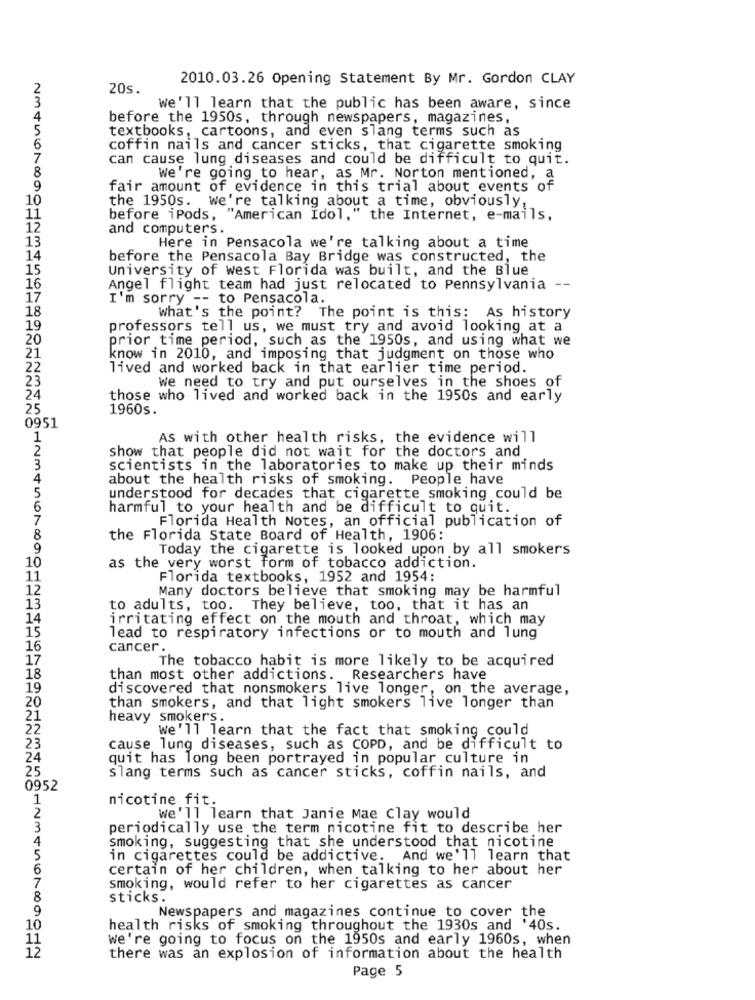
2010.03.26 Opening Statement By Mr. Gordon CLAY
20s.
We'll learn that the public has been aware, since
4
before the 1950s, through newspapers, magazines,
5
textbooks, cartoons, and even slang terms such as
6
coffin nails and cancer sticks, that cigarette smoking
7
can cause lung diseases and could be difficult to quit.
8
We're going to hear, as Mr. Norton mentioned, a
9
fair amount of evidence in this trial about events of
10
the 1950s. We're talking about a time, obviously,
11
before ipods, "American Idol," the Internet, e-mails,
12
and computers.
13
Here in Pensacola we're talking about a time
14
before the Pensacola Bay Bridge was constructed, the
15
University of west Florida was built, and the Blue
16
Angel flight team had just relocated to Pennsylvania --
17
I'm sorry -- to Pensacola.
18
What's the point? The point is this: As history
19
professors tell us, we must try and avoid looking at a
20
prior time period, such as the 1950s, and using what we
21
know in 2010, and imposing that judgment on those who
22
lived and worked back in that earlier time period.
23
We need to try and put ourselves in the shoes of
24
those who lived and worked back in the 1950s and early
25
1960s.
0951
1
AS with other health risks, the evidence will
2
show that people did not wait for the doctors and
3
scientists in the laboratories to make up their minds
4
about the health risks of smoking.
People have
5
understood for decades that cigarette smoking could be
6
harmful to your health and be difficult to quit.
7
Florida Health Notes, an official publication of
8
the Florida State Board of Health, 1906:
9
Today the cigarette is looked upon by all smokers
10
as the very worst form of tobacco addiction.
11
Florida textbooks, 1952 and 1954:
12
Many doctors believe that smoking may be harmful
13
to adults, too. They believe, too, that it has an
14
irritating effect on the mouth and throat, which may
15
lead to respiratory infections or to mouth and lung
16
cancer.
17
The tobacco habit is more likely to be acquired
18
than most other addictions. Researchers have
19
discovered that nonsmokers live longer, on the average,
20
than smokers, and that light smokers live longer than
21
heavy smokers.
22
We'll learn that the fact that smoking could
23
cause lung diseases, such as COPD, and be difficult to
24
quit has long been portrayed in popular culture in
25
Slang terms such as cancer sticks, coffin nails, and
0952
1
nicotine fit.
2
We'll learn that Janie Mae Clay would
3
periodically use the term nicotine fit to describe her
4
smoking, suggesting that she understood that nicotine
5
in cigarettes could be addictive. And we'll learn that
6
certain of her children, when talking to her about her
7
smoking, would refer to her cigarettes as cancer
8
sticks.
9
Newspapers and magazines continue to cover the
10
health risks of smoking throughout the 1930s and '40s.
11
we're going to focus on the 1950s and early 1960s, when
12
there was an explosion of information about the health
Page 5